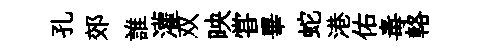
孔郊誰灌双映甞畢蛇港佑毒輅